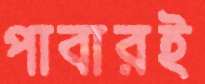
পাবারই